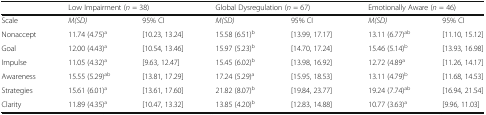
<table><thead><tr><td></td><td colspan="2"><b>Low Impairment (<i>n</i> = 38)</b></td><td colspan="2"><b>Global Dysregulation (<i>n</i> = 67)</b></td><td colspan="2"><b>Emotionally Aware (<i>n</i> = 46)</b></td></tr></thead><tbody><tr><td>Scale</td><td><i>M(SD)</i></td><td>95% CI</td><td><i>M(SD)</i></td><td>95% CI</td><td><i>M(SD)</i></td><td>95% CI</td></tr><tr><td>Nonaccept</td><td>11.74 (4.75)<sup>a</sup></td><td>[10.23, 13.24]</td><td>15.58 (6.51)<sup>b</sup></td><td>[13.99, 17.17]</td><td>13.11 (6.77)<sup>ab</sup></td><td>[11.10, 15.12]</td></tr><tr><td>Goal</td><td>12.00 (4.43)<sup>a</sup></td><td>[10.54, 13.46]</td><td>15.97 (5.23)<sup>b</sup></td><td>[14.70, 17.24]</td><td>15.46 (5.14)<sup>b</sup></td><td>[13.93, 16.98]</td></tr><tr><td>Impulse</td><td>11.05 (4.32)<sup>a</sup></td><td>[9.63, 12.47]</td><td>15.45 (6.02)<sup>b</sup></td><td>[13.98, 16.92]</td><td>12.72 (4.89<sup>a</sup></td><td>[11.26, 14.17]</td></tr><tr><td>Awareness</td><td>15.55 (5.29)<sup>ab</sup></td><td>[13.81, 17.29]</td><td>17.24 (5.29)<sup>a</sup></td><td>[15.95, 18.53]</td><td>13.11 (4.79)<sup>b</sup></td><td>[11.68, 14.53]</td></tr><tr><td>Strategies</td><td>15.61 (6.01)<sup>a</sup></td><td>[13.61, 17.60]</td><td>21.82 (8.07)<sup>b</sup></td><td>[19.84, 23.77]</td><td>19.24 (7.74)<sup>ab</sup></td><td>[16.94, 21.54]</td></tr><tr><td>Clarity</td><td>11.89 (4.35)<sup>a</sup></td><td>[10.47, 13.32]</td><td>13.85 (4.20)<sup>b</sup></td><td>[12.83, 14.88]</td><td>10.77 (3.63)<sup>a</sup></td><td>[9.96, 11.03]</td></tr></tbody></table>